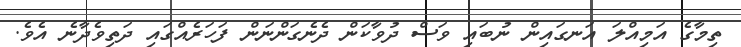
ތިމާގެ އަމިއްލަ އަނގައިން ނުބައި ވަސް ދުވާކަން ދެނެގަންނަން ފަހަރެއްގައި ދަތިވެދާނެ އެވެ.